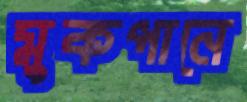
মুকপানে